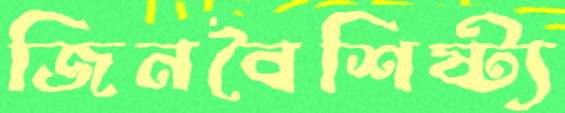
জিনবৈশিষ্ট্য